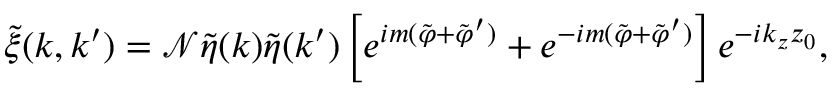
\tilde { \xi } ( \boldsymbol { k } , \boldsymbol { k } ^ { \prime } ) = \mathcal { N } \tilde { \eta } ( \boldsymbol { k } ) \tilde { \eta } ( \boldsymbol { k } ^ { \prime } ) \left[ e ^ { i m ( \tilde { \varphi } + \tilde { \varphi } ^ { \prime } ) } + e ^ { - i m ( \tilde { \varphi } + \tilde { \varphi } ^ { \prime } ) } \right] e ^ { - i k _ { z } z _ { 0 } } ,